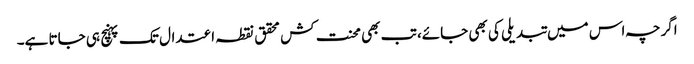
اگرچہ اس میں تبدیلی کی بھی جائے، تب بھی محنت کش محقق نقطہ اعتدال تک پہنچ ہی جاتا ہے۔